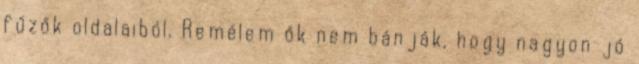
fűzők oldalaiból. Remélem ők nem bánják, hogy nagyon jó